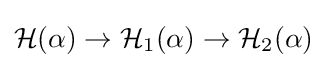
{{\mathcal {H}}(\alpha )}\to {\mathcal {H}}_{1}(\alpha )\to {\mathcal {H}}_{2}(\alpha )